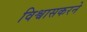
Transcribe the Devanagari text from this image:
विश्वासकरने